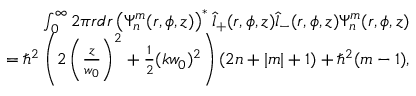
\begin{array} { r l r } & { } & { \int _ { 0 } ^ { \infty } 2 \pi r d r \left( \Psi _ { n } ^ { m } ( r , \phi , z ) \right) ^ { * } \hat { l } _ { + } ( r , \phi , z ) \hat { l } _ { - } ( r , \phi , z ) \Psi _ { n } ^ { m } ( r , \phi , z ) } \\ & { } & { = \hbar ^ { 2 } \left( 2 \left( \frac { z } { w _ { 0 } } \right) ^ { 2 } + \frac { 1 } { 2 } ( k w _ { 0 } ) ^ { 2 } \right) ( 2 n + | m | + 1 ) + \hbar ^ { 2 } ( m - 1 ) , } \end{array}